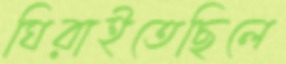
ঘিরাইতেছিলে